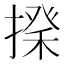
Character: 𢲇